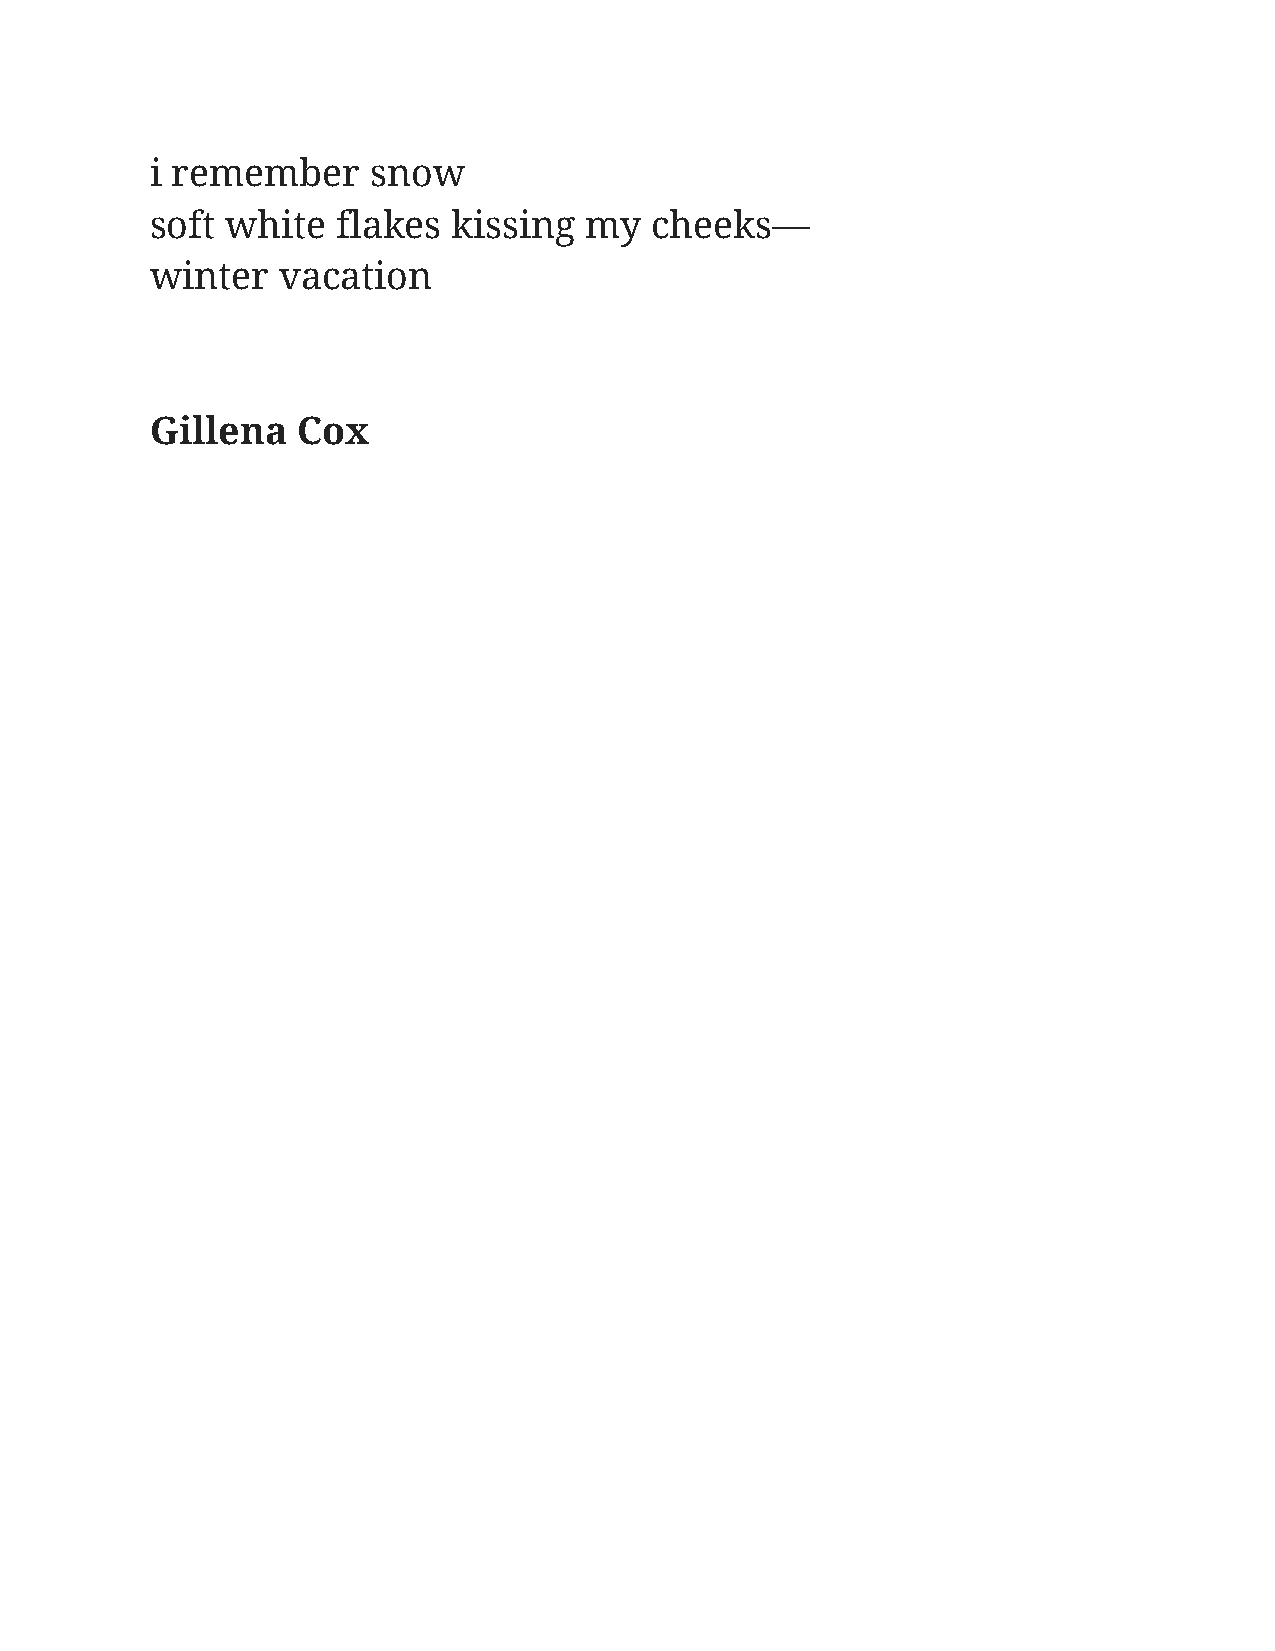
i remember     snow
 soft white  flakes  kissing  my  cheeks—
 winter  vacation
 Gillena   Cox